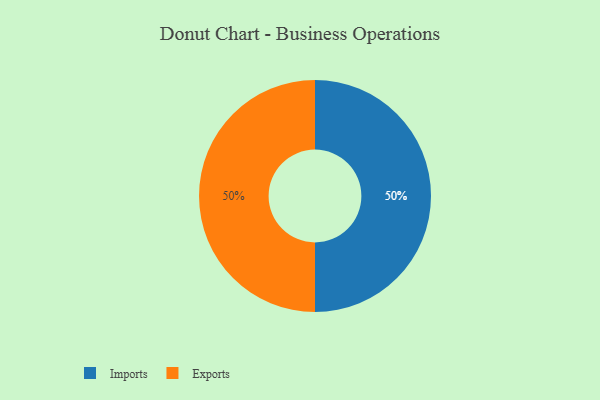
{"axis": {"x": "Category", "y": "Percentage"}, "legend": ["Exports", "Imports"], "data": [{"x": "Imports", "y": 50, "type": "Imports"}, {"x": "Exports", "y": 50, "type": "Exports"}]}